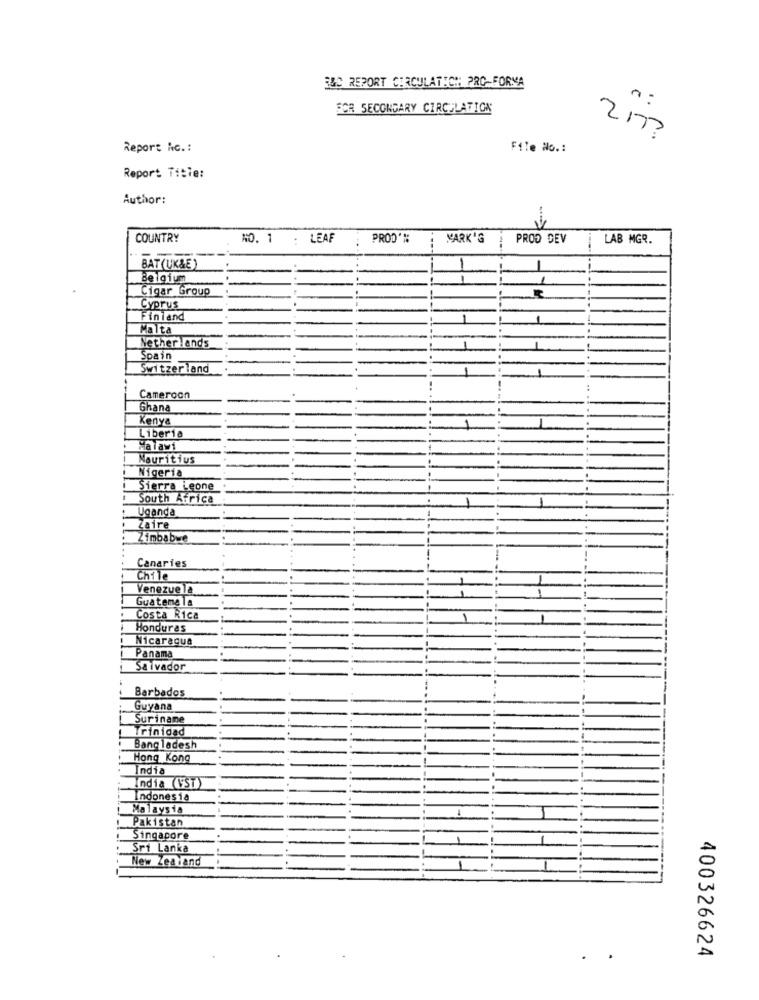
3&C REPORT CIRCULATION PRO-FORMA
SOR SECONDARY CIRCULATION
21.
Report hc .:
File No .:
Report Tibie:
Author:
COUNTRY
NO. 1
LEAF
MARK'S
PROD DEV
LAB MGR.
BAT (UK&E)
-
Belgium
1
Cigar Group
Cyprus
Finland
1
Malta
Nether lands
Spain
Switzerland
Cameroon
Ghana
Kenya
1
Liberia
Malawi
Mauritius
Nigeria
Sierra Leone
South Africa
Uganda
Zaire
Zimbabwe
Canaries
Chile
Venezuela
Guatemala
Costa Rica
Honduras
Nicaragua
Panama
Salvador
Barbados
Guyana
Suriname
Trinidad
Bangladesh
Hong Kong
India
ndia (VST)
Indonesia
Malaysia
Pakistan
Singapore
Sri Lanka
New Zealand
400326624